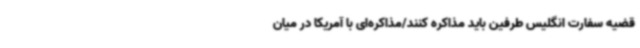
قضیه سفارت انگلیس طرفین باید مذاکره کنند/مذاکره‌ای با آمریکا در میان